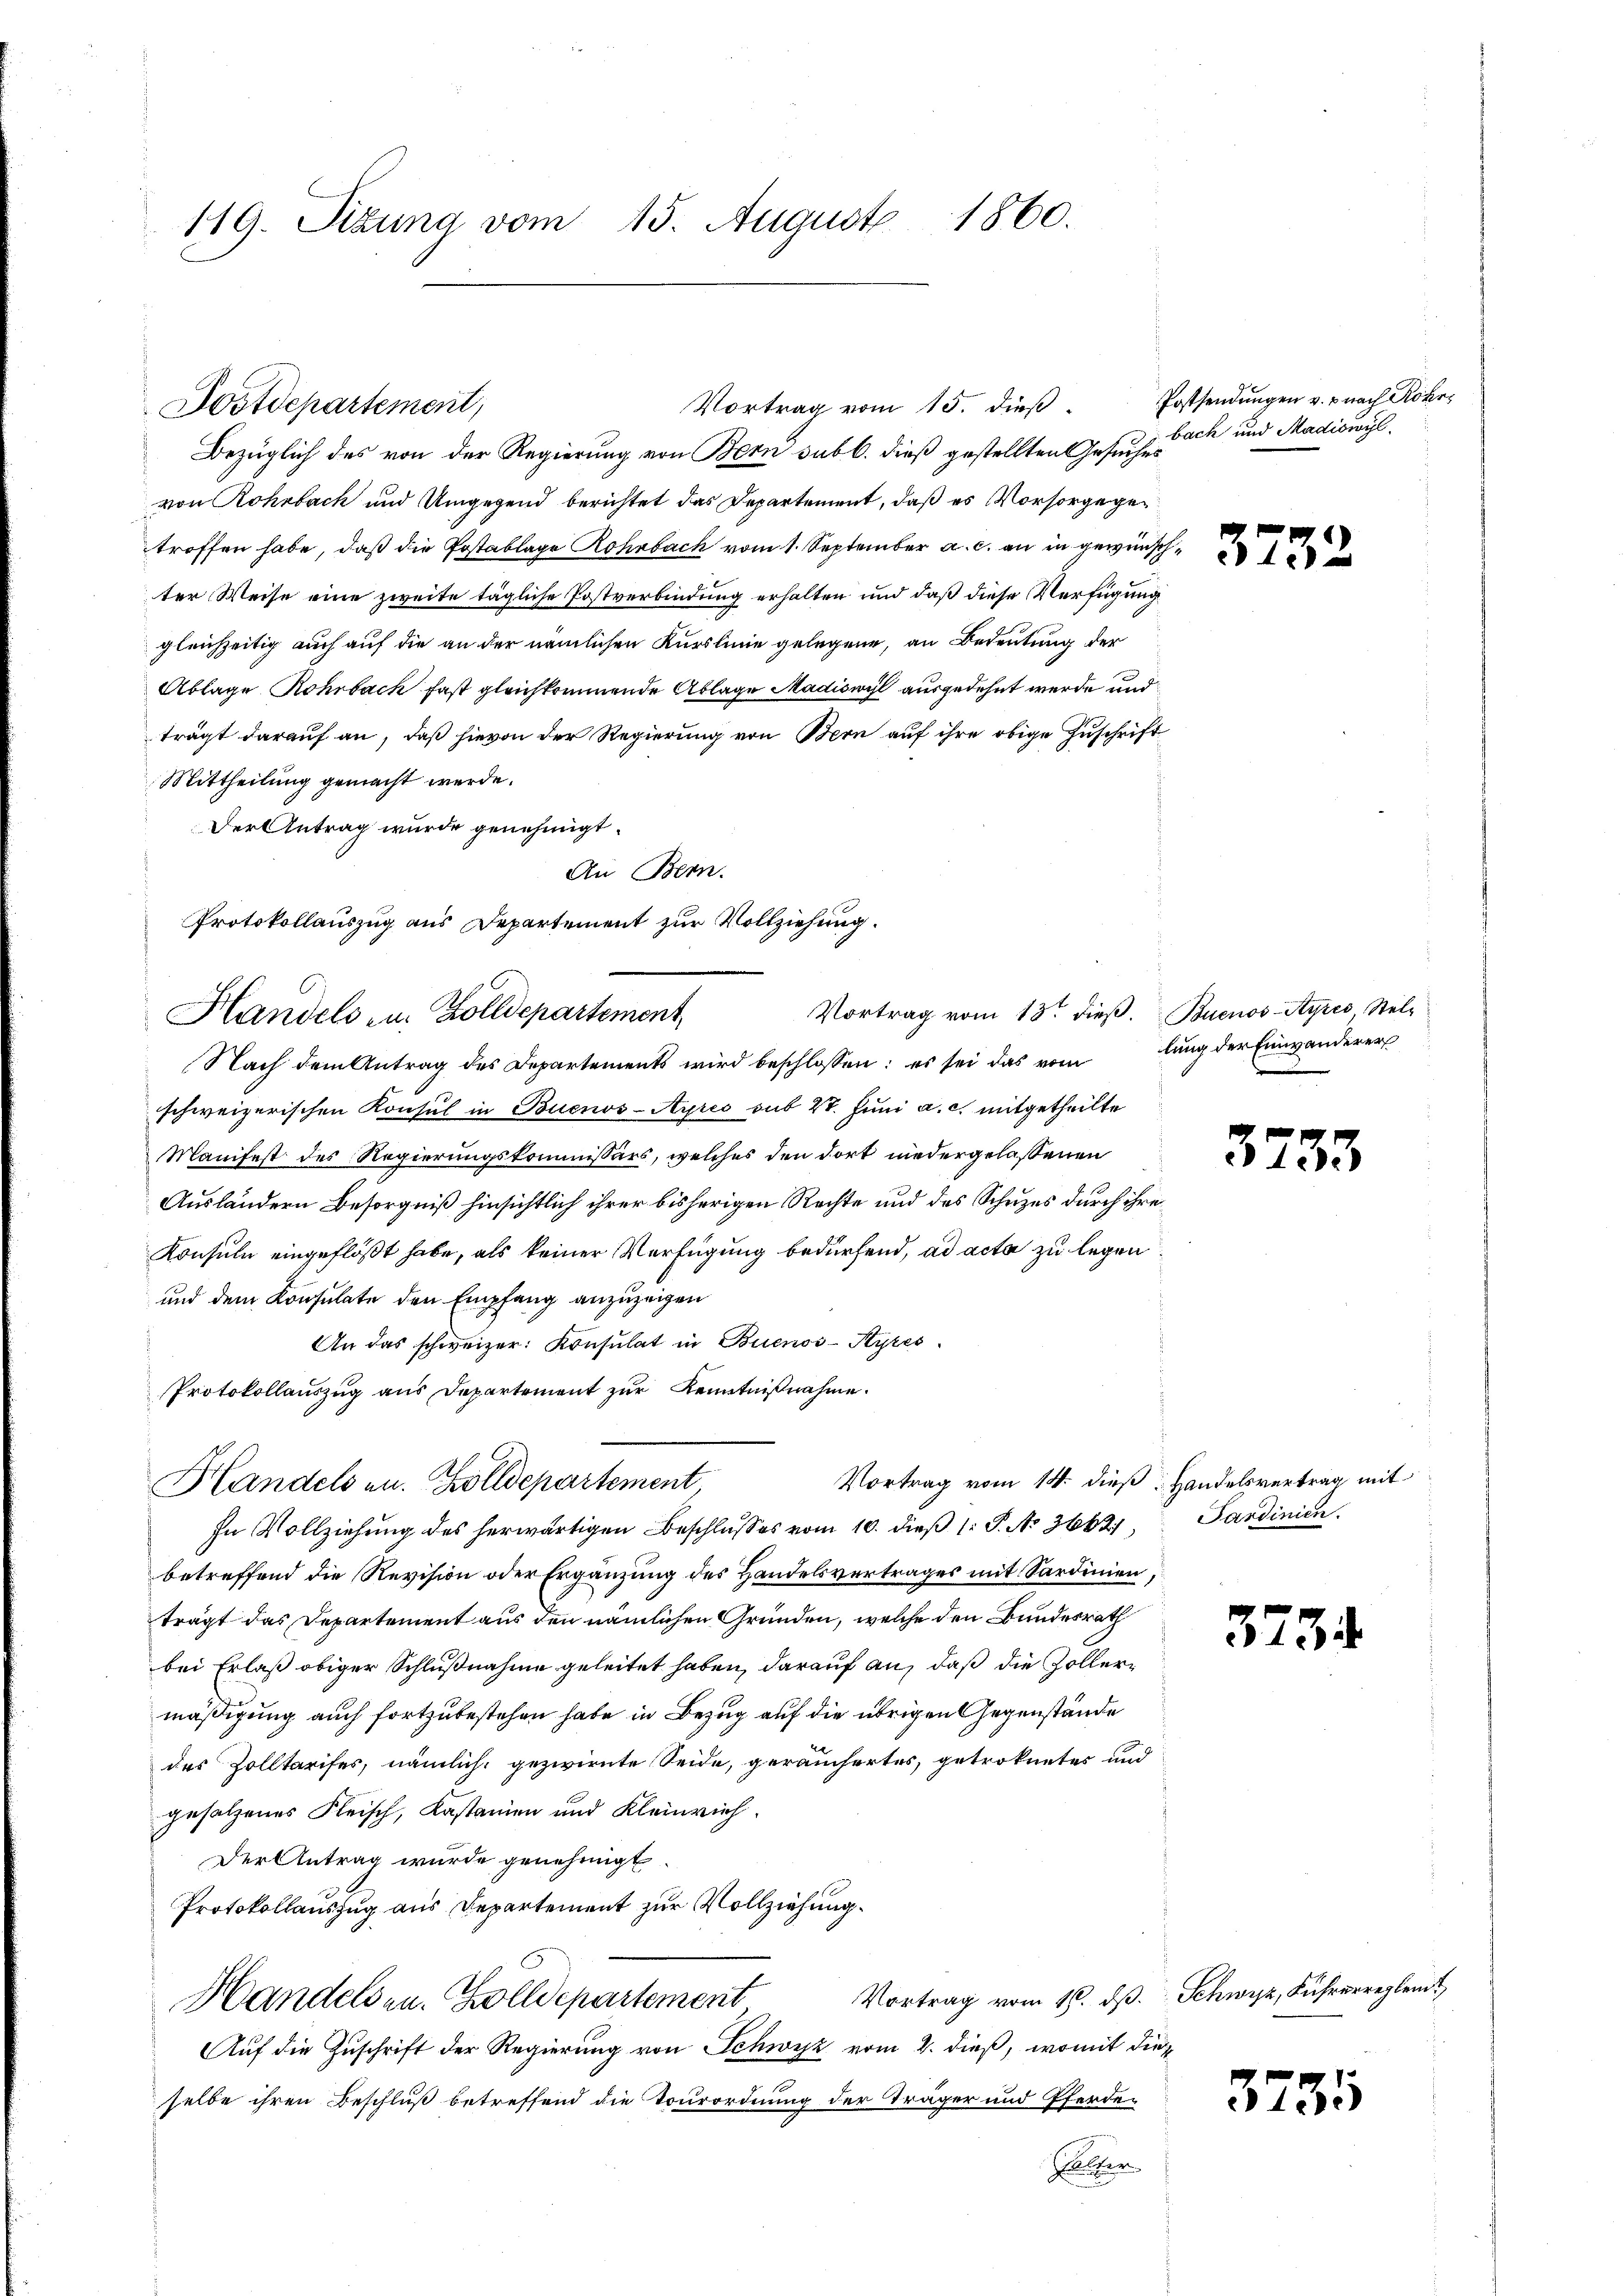
119. Sitzung vom 15. August 1860.

Bezüglich des von der Regierung von Bern sub b. dieß gestellten Gesuches
von Rohrbach und Umgegend berichtet das Departement, daß es Vorsorge getroffen habe, daß die Postablage Rohrbach vom 1. September a. c. an in gewünschter Weise eine zweite tägliche Postverbindung erhalten und daß diese Verfügung
gleichzeitig auch auf die an der nämlichen Kurslinie gelegene, an Bedeutung der
Ablage Rohrbach fast gleichkommende Ablage Madiswyl ausgedehnt werde und
trägt darauf an, daß hievon der Regierung von Bern auf ihre obige Zuschrif¬
Mittheilung gemacht werde.
Der Antrag wurde genehmigt.
An Bern.
schweizerischen Konsul in Buenos-Ayres sub 20. Juni a. c. mitgetheilte
Manifest des Regierungskommissärs, welches den dort niedergelassenen
Ausländern Besorgniß hinsichtlich ihrer bisherigen Rechte und des Schuzes durch ihre
Konsuln eingeflöst habe, als keiner Verfügung bedürfend, ad acta zu legen
und dem Konsulate den Empfang anzuzeigen
An das schweizer: Konsulat in Buenos-Ayres
Protokollauszug aus Departement zur Kenntnißnahme.
Vortrag vom 14. dieß: Handelsvertrag mit
Handelsen. Zolldepartement
In Vollziehung des herwärtigen Beschlusses vom 10. dieß (: P. No 366.
betreffend die Revision oder Ergänzung des Handelsvertrages mit Sardinien,
trägt das Departement aus den nämlichen Gründen, welche den Bundesrath
bei Erlaß obiger Schlußnahme geleitet haben, darauf an, daß die Zollermäßigung auch fortzubestehen habe in Bezug auf die übrigen Gegenstände
des Zolltarifes, nämlich, gezwirnte Seide, geräuchertes, getroknetes und
gesalzenes Fleisch, Kastanien und Kleinrich.
Der Antrag wurde genehmigt.
Protokollauszug aus Departement zur Vollziehung.
Handelsen. Zolldepartement
Auf die Zuschrift der Regierung von Schwyz vom 2. dieß, womit dieselbe ihren Beschluß betreffend die Tourordnung der Träger und Pferde-
Selten

Sostdepartement,

Protokollauszug aus Departement zur Vollziehung.
Handels zu. Zolldepartement,
Nach dem Antrag des Departements wird beschlossen: es sei das vom lung der Einwanderers

Vortrag vom 15. dieß.

Postsendungen v. nach Rohrbach und Madiowyl.

37

3

Vortrag vom 13. dieβ. Buenos-Ayres Stel-

3233

Sardinien.

3234.

Vortrag vom 16. ds. Schwyz, Führerreglem

3735